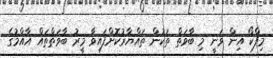
މިފްކޯ އިން ވަނީ މި ބާވަތް ތަކުން ތައްޔާރުކޮށްފައިވާ މީރު ބާވަތްތައް އާއްމުގެ